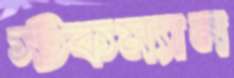
স্টকম্যান